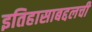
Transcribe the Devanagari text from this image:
इतिहासाबद्दलची